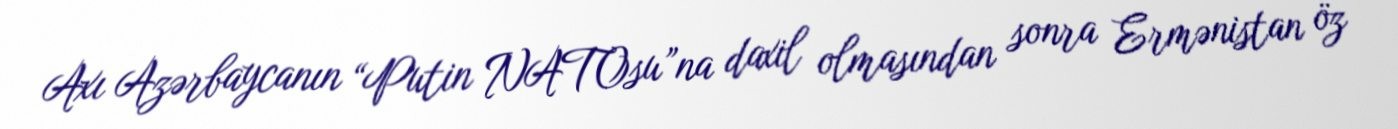
Axı Azərbaycanın “Putin NATOsu”na daxil olmasından sonra Ermənistan öz